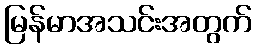
မြန်မာအသင်းအတွက်